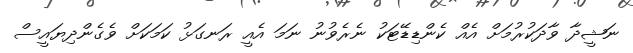
ނަޝީދާ ވާދަކުރުމަށް އެއް ކެންޑިޑޭޓަކު ނެރެވުނު ނަމަ އެއީ ރަނގަޅު ކަމަކަށް ވެގެންދިޔައީސް